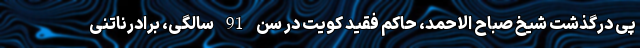
پی درگذشت شیخ صباح الاحمد، حاکم فقید کویت در سن 91 سالگی، برادرناتنی